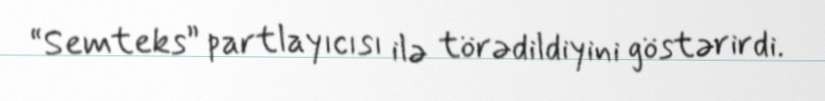
“Semteks” partlayıcısı ilə törədildiyini göstərirdi.